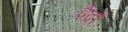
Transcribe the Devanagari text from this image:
ईदों